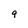
Character: 9